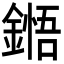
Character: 𮢬